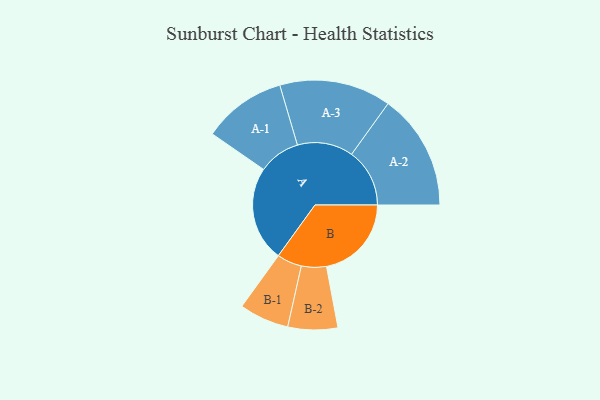
{"axis": {"x": "Segment", "y": "Value"}, "legend": ["", "A", "B"], "data": [{"x": "A", "y": 470, "type": ""}, {"x": "B", "y": 420, "type": ""}, {"x": "A-1", "y": 206, "type": "A"}, {"x": "A-2", "y": 287, "type": "A"}, {"x": "A-3", "y": 276, "type": "A"}, {"x": "B-1", "y": 123, "type": "B"}, {"x": "B-2", "y": 123, "type": "B"}]}